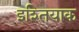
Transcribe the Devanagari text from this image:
इश्तियाक